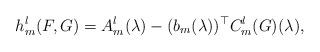
LaTeX: \begin{align*} h_m^l(F,G)=A_m^l(\lambda)-(b_m(\lambda))^{\top}C_m^l(G)(\lambda),\end{align*}